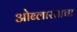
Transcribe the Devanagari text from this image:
ओब्लास्ताचा